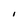
Character: I